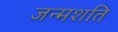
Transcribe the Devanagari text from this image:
जन्मशति